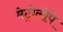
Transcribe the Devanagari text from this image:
मेट्रोलोपे